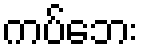
ကပ်ဘေး